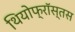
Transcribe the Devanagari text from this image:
थियोफ्रॉस्तस